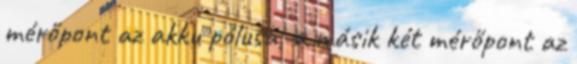
mérőpont az akku pólusa, a másik két mérőpont az